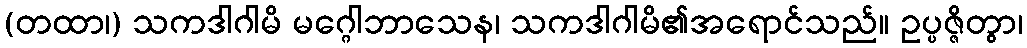
(တထာ၊) သကဒါဂါမိ မဂ္ဂေါဘာသေန၊ သကဒါဂါမိ၏အရောင်သည်။ ဥပ္ပဇ္ဇိတွာ၊